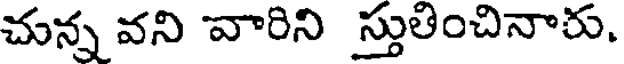
చున్న వని వారిని స్తుతించినారు,